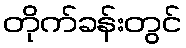
တိုက်ခန်းတွင်